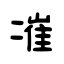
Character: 凗